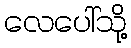
လေပေါ်သို့